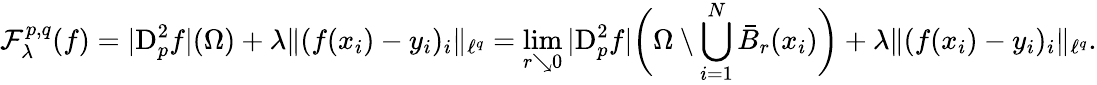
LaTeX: \mathcal{F}_{\lambda}^{p,q}(f)=|{\mathrm{D}}_{p}^{2}f|(\Omega)+\lambda\Vert(f(x_{i})-y_{i})_{i}\Vert_{\ell^{q}}=\operatorname*{lim}_{r\searrow 0}|{\mathrm{D}}_{p}^{2}f|\bigg(\Omega\setminus\bigcup_{i=1}^{N}\bar{B}_{r}(x_{i})\bigg)+\lambda\Vert(f(x_{i})-y_{i})_{i}\Vert_{\ell^{q}}.